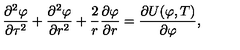
{ \frac { \partial ^ { 2 } \varphi } { \partial \tau ^ { 2 } } } + { \frac { \partial ^ { 2 } \varphi } { \partial r ^ { 2 } } } + { \frac { 2 } { r } } { \frac { \partial \varphi } { \partial r } } = { \frac { \partial U ( \varphi , T ) } { \partial \varphi } } ,